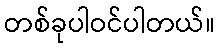
တစ်ခုပါဝင်ပါတယ်။